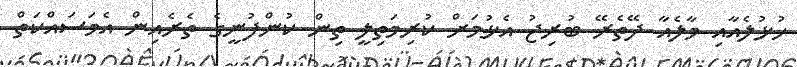
ހުޅުލެއާއި މާލެއާ ދޭތެރޭ ބުރިޖު އެޅުމަށް ކުރިމަތިލީ ތިން ކުންފުނީގެ ތެރެއިން އެމަސައްކަތް